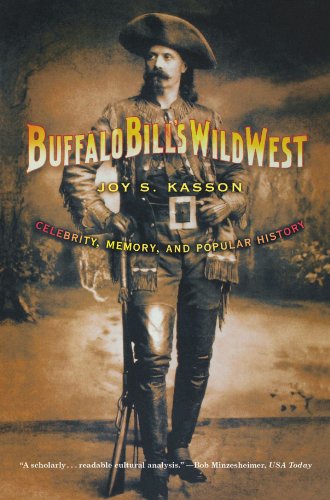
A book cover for Buffalo Bill's Wild West: Celebrity, Memory, and Popular History; Joy S. Kasson; Sports & Outdoors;